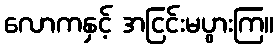
လောကနှင့် အငြင်းမပွားကြ။